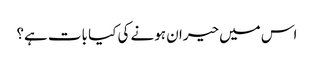
اس میں حیران ہونے کی کیا بات ہے؟